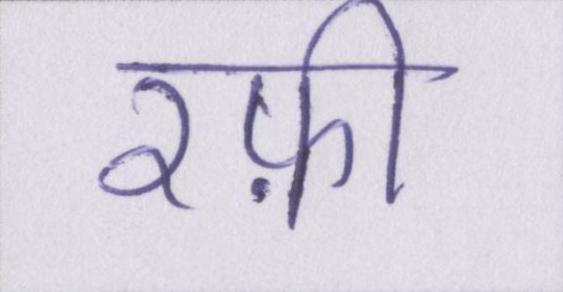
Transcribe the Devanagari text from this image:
रफ़ी